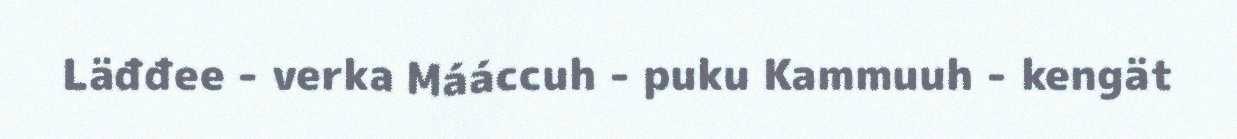
Läđđee - verka Mááccuh - puku Kammuuh - kengät